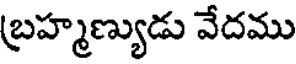
బ్రహ్మణ్యుడు వేదము